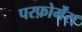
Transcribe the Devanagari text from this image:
परफ़ोर्मेंस